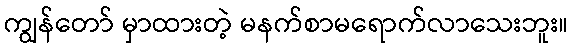
ကျွန်တော် မှာထားတဲ့ မနက်စာမရောက်လာသေးဘူး။